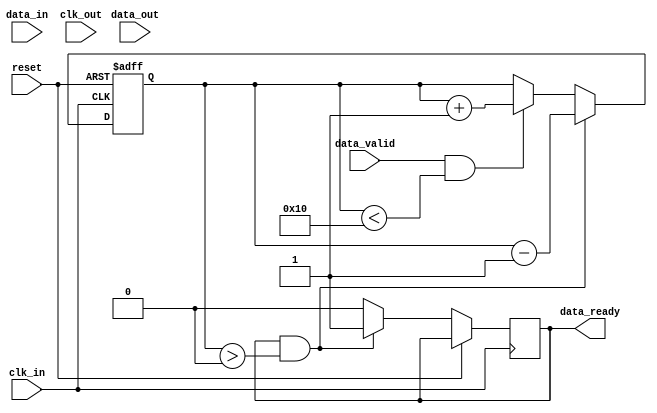
module BurstSynchronizer (
  input wire clk_in,
  input wire reset,
  input wire [DATA_WIDTH-1:0] data_in,
  input wire data_valid,
  input wire clk_out,
  input wire [DATA_WIDTH-1:0] data_out,
  output wire data_ready
);

parameter DATA_WIDTH = 8;
parameter FIFO_DEPTH = 16;

reg [DATA_WIDTH-1:0] fifo [FIFO_DEPTH-1:0];
reg [FIFO_DEPTH-1:0] read_ptr, write_ptr;
reg [FIFO_DEPTH-1:0] count;

reg [DATA_WIDTH-1:0] sync_data_out;
reg sync_data_ready;
reg sync_data_valid;

always @(posedge clk_in or posedge reset) begin
  if (reset) begin
    read_ptr <= 0;
    write_ptr <= 0;
    count <= 0;
  end else begin
    if (data_valid && (count < FIFO_DEPTH)) begin
      fifo[write_ptr] <= data_in;
      write_ptr <= write_ptr + 1;
      count <= count + 1;
    end
    if (data_ready && (count > 0)) begin
      sync_data_out <= fifo[read_ptr];
      read_ptr <= read_ptr + 1;
      count <= count - 1;
      sync_data_ready <= 1;
    end else begin
      sync_data_ready <= 0;
    end
  end
end

assign data_ready = sync_data_ready;
always @(posedge clk_out) begin
  if (sync_data_ready) begin
    data_out <= sync_data_out;
    sync_data_valid <= 1;
  end else begin
    sync_data_valid <= 0;
  end
end

endmodule